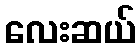
လေးဆယ်